Vaccination in Bombay 1902-1912 - 1902-1912
Year: 1902
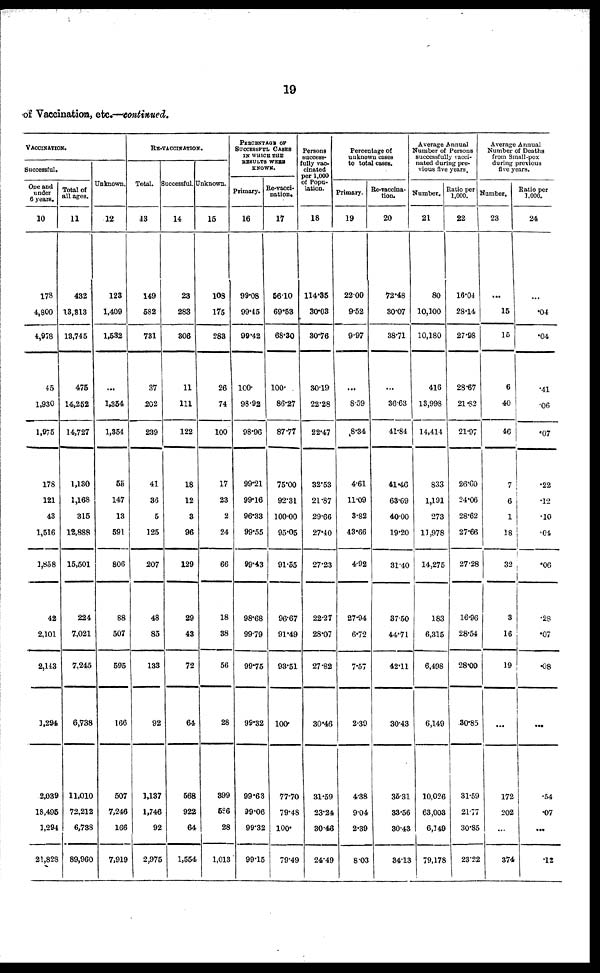
19
of Vaccination, etc.—continued.
VACCINATION.
Successful.
One and
under
6 years.
10
178
4,800
4,978
45
1,930
1,975
178
121
43
1,516
1,858
42
2,101
2,143
1,294
2,039
18,495
1,294
21,828
Total of
all ages.
11
432
13,313
13,745
475
14,252
14,727
1,130
1,168
315
12,888
15,501
224
7,021
7,245
6,738
11,010
72,212
6,738
89,960
Unknown.
12
123
1,409
1,532
...
1,354
1,354
55
147
13
591
806
88
507
595
166
507
7,246
166
7,919
RE-VACCINATION.
Total.
13
149
582
731
37
202
239
41
36
5
125
207
48
85
133
92
1,137
1,746
92
2,975
Successful.
14
23
283
306
11
111
122
18
12
3
96
129
29
43
72
64
568
922
64
1,554
Unknown.
15
108
175
283
26
74
100
17
23
2
24
66
18
38
56
28
399
586
28
1,013
PERCENTAGE OF
SUCCESSFUL CASES
IN WHICH THE
RESULTS WERE
KNOWN.
Primary.
16
99.08
99.45
99.42
100.
98.92
98.96
99.21
99.16
96.33
99.55
99.43
98.68
99.79
99.75
99.32
99.63
99.06
99.32
99.15
Re-vacci-
nation.
17
56.10
69.53
68.30
100.
86.27
87.77
75.00
92.31
100.00
95.05
91.55
96.67
91.49
93.51
100.
77.70
79.48
100.
79.49
Persons
success-
fully vac-
cinated
per 1,000
of Popu-
lation.
18
114.35
30.03
30.76
30.19
22.28
22.47
32.53
21.87
29.66
27.40
27.23
22.27
28.07
27.82
30.46
31.59
23.24
30.46
24.49
Percentage of
unknown cases
to total cases.
Primary.
19
22.00
9.52
9.97
...
8.59
8.34
4.61
11.09
3.82
43.66
4.92
27.94
6.72
7.57
2.39
4.38
9.04
2.39
8.03
Re-vaccina-
tion.
20
72.48
30.07
38.71
...
36.63
41.84
41.46
63.69
40.00
19.20
31.40
37.50
44.71
42.11
30.43
35.31
33.56
30.43
34.13
Average Annual
Number of Persons
successfully vacci-
nated during pre-
vious five years.
Number.
21
80
10,100
10,180
416
13,998
14,414
833
1,191
273
11,978
14,275
183
6,315
6,498
6,149
10,026
63,003
6,149
79,178
Ratio per
1,000.
22
16.04
28.14
27.98
28.67
21.82
21.97
26.60
24.06
28.62
27.66
27.28
16.96
28.54
28.00
30.85
31.59
21.77
30.85
23.22
Average Annual
Number of Deaths
from Small-pox
during previous
five years.
Number.
23
...
15
15
6
40
46
7
6
1
18
32
3
16
19
...
172
202
...
374
Ratio per
1,000.
24
...
.04
.04
.41
.06
.07
.22
.12
.10
.04
.06
.28
.07
.08
...
.54
.07
...
.12